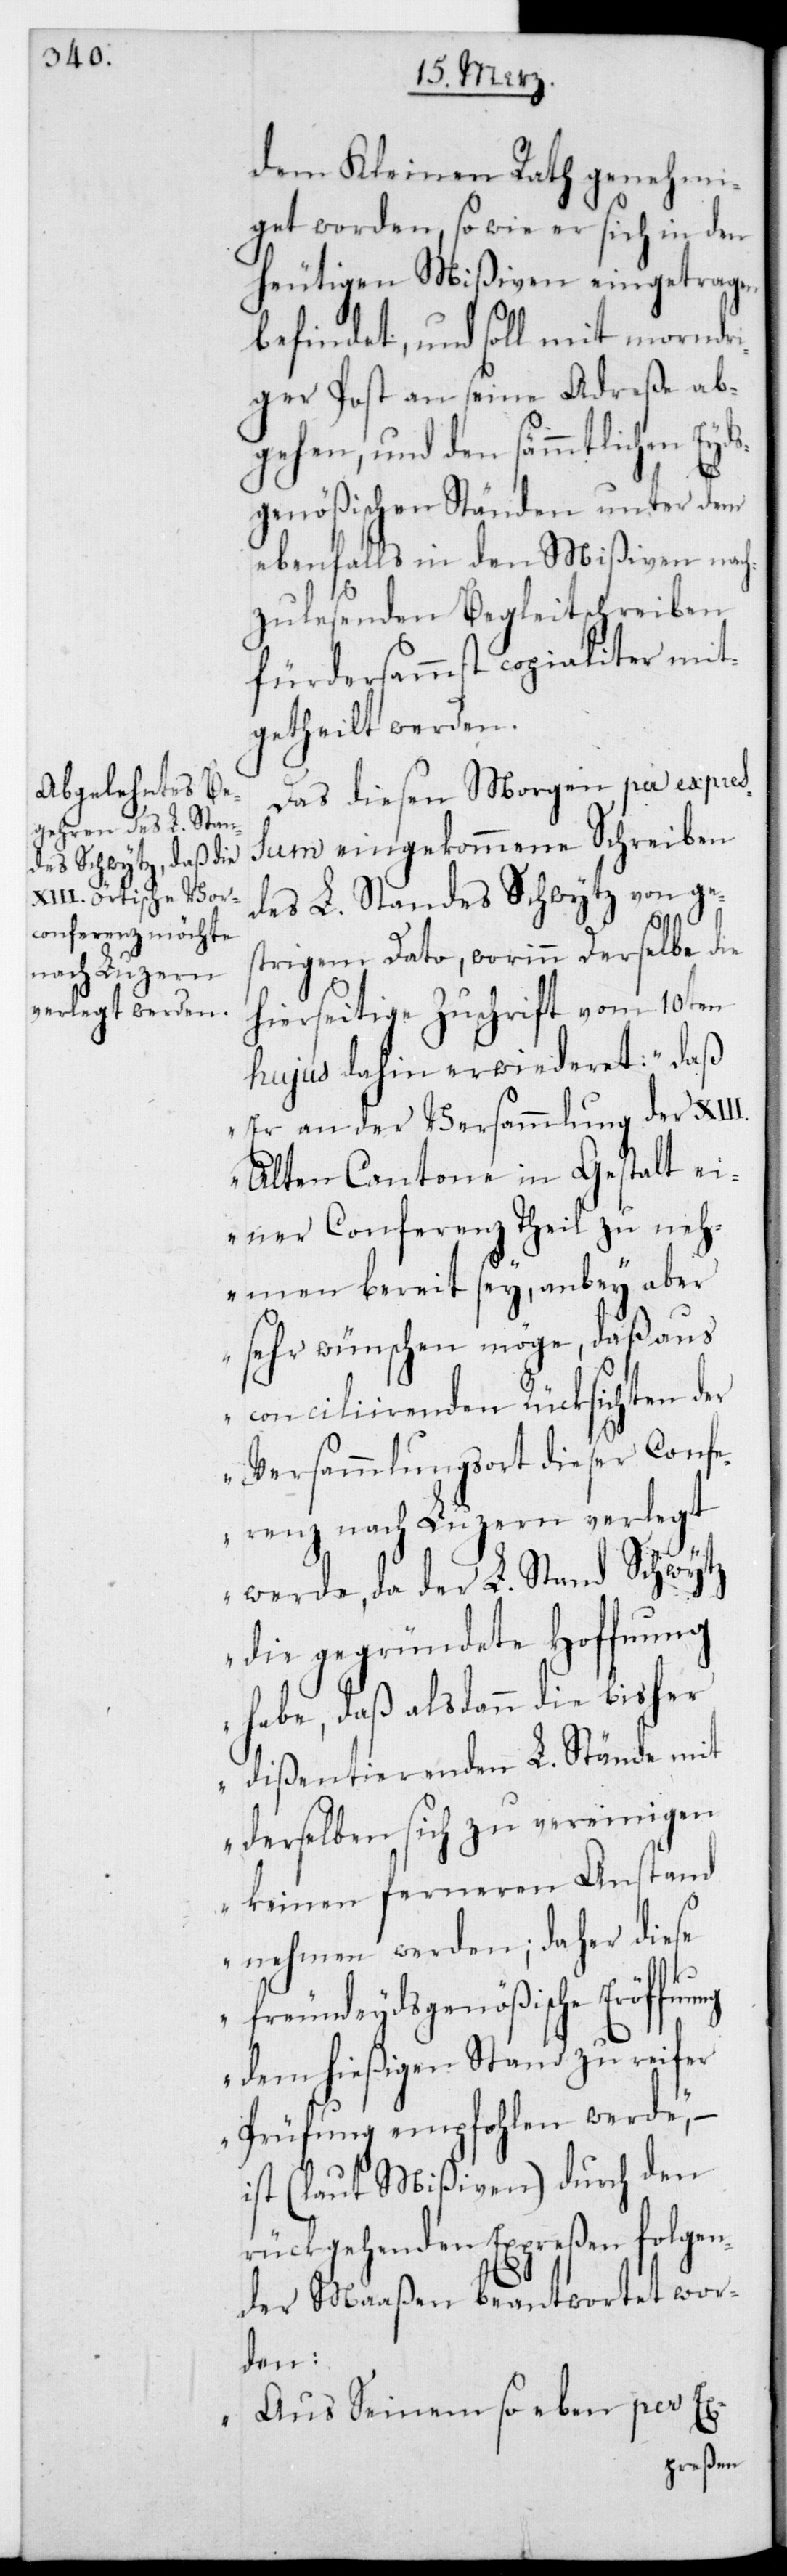
dem Kleinen Rath genehmi¬
get worden, so wie er sich in den
heutigen Mißiven eingetragen
befindet, und soll mit morndri¬
ger Post an seine Adreße ab¬
gehen, und den sämmtlichen Eyds¬
genößischen Ständen unter dem
ebenfalls in den Mißiven nach¬
zulesenden Begleitschreiben
fürdersammst copialiter mit¬
getheilt werden.
Das diesen Morgen per Expre¬
ßum eingekommene Schreiben
des L. Standes Schwytz von ge¬
ung
strigem Dato, worinn derselbe die
hierseitige Zuschrift vom 10ten
hujus dahin erwideret: „Daß
er an der Versammlung der XIII.
Alten Cantone in Gestalt ei¬
ner Conferenz theilzuneh¬
men bereit sey, anbey aber
sehr wünschen möge, daß aus
conciliierenden Rücksichten der
Versammlungsort dieser Confe¬
renz nach Luzern verlegt
werde, da der L. Stand Schwytz
die gegründete Hoffnung
habe, daß alsdann die bisher
dißentierenden L. Stände mit
derselben sich zu vereinigen
keinen ferneren Anstand
nehmen werden; daher diese
freundeydsgenößische Eröffn¬
dem hießigen Stand zu reifer
Prüfung empfohlen werde“, –
ist (laut Mißiven) durch den
rückgehenden Expreßen folgen¬
der Maaßen beantwortet wor¬
den:
„Aus Seinem soeben per Ex-